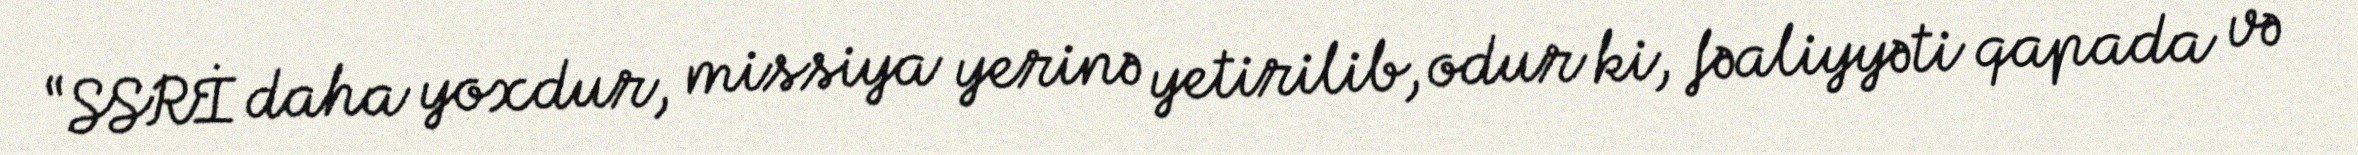
“SSRİ daha yoxdur, missiya yerinə yetirilib, odur ki, fəaliyyəti qapada və